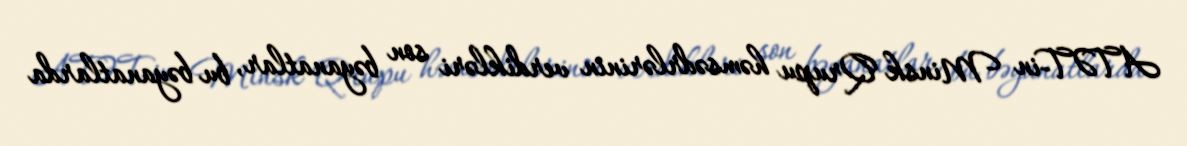
ATƏT-in Minsk Qrupu həmsədrlərinin verdikləri son bəyanatlar, bu bəyanatlarda